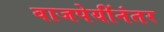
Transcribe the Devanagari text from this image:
वाजपेयींनंतर